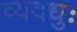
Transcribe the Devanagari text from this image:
व्यदधुः